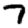
Digit: 7